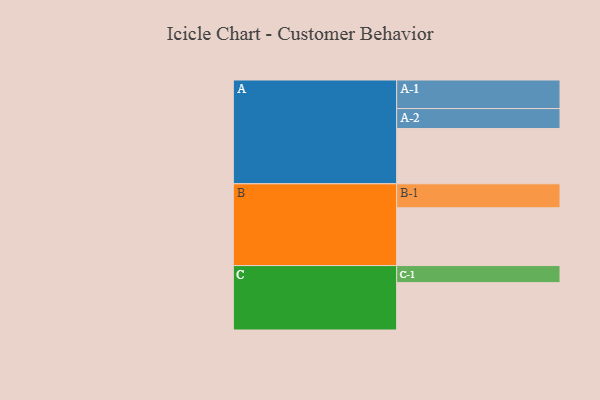
{"axis": {"x": "Segment", "y": "Value"}, "legend": ["", "A", "B", "C"], "data": [{"x": "A", "y": 567, "type": ""}, {"x": "B", "y": 593, "type": ""}, {"x": "C", "y": 486, "type": ""}, {"x": "A-1", "y": 293, "type": "A"}, {"x": "A-2", "y": 205, "type": "A"}, {"x": "B-1", "y": 246, "type": "B"}, {"x": "C-1", "y": 175, "type": "C"}]}